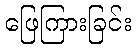
ဖြေကြားခြင်း